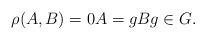
LaTeX: \begin{align*} \rho(A,B)=0A=gBg\in G.\end{align*}